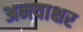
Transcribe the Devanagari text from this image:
अन्त्याक्षर